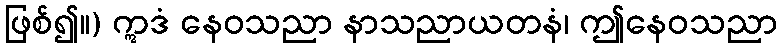
ဖြစ်၍။) ဣဒံ နေဝသညာ နာသညာယတနံ၊ ဤနေဝသညာ